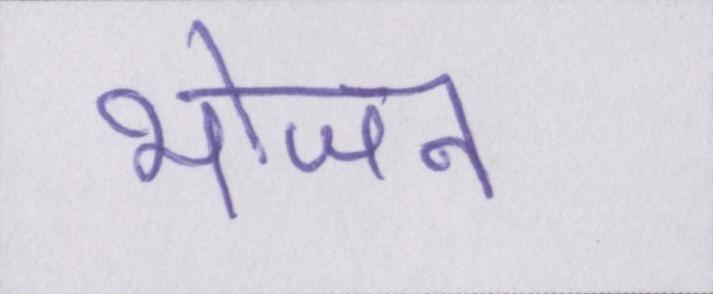
भोजन